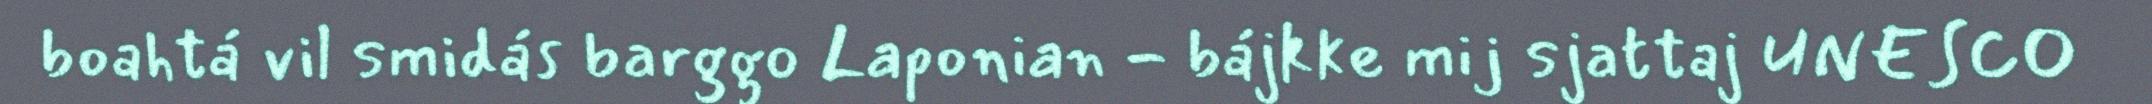
boahtá vil smidás barggo Laponian - bájkke mij sjattaj UNESCO